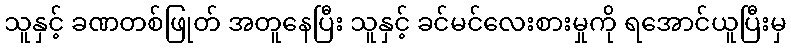
သူနှင့် ခဏတစ်ဖြုတ် အတူနေပြီး သူနှင့် ခင်မင်လေးစားမှုကို ရအောင်ယူပြီးမှ